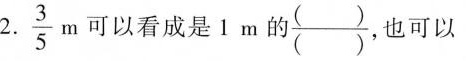
2.\frac{3}{5}m可以看成是1m的\frac{( )}{( )}，也可以